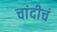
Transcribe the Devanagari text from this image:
चांदीचं